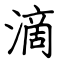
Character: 滴